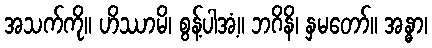
အသက်ကို။ ဟိဿာမိ၊ စွန့်ပါအံ့။ ဘဂိနိ၊ နှမတော်။ အန္ဓာ၊